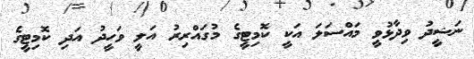
ނަޝީދު ވިދާޅުވީ މައްސަލަ އަކީ ކޮމިޓީގެ މުގައްރިރު އަލީ ވަހީދު އަދި ކޮމިޓީގެ